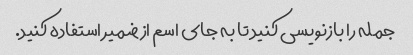
جمله را بازنویسی کنید تا به جای اسم از ضمیر استفاده کنید.